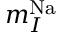
m _ { I } ^ { \mathrm { { N a } } }